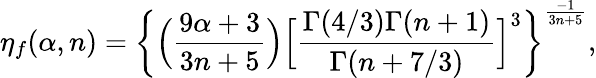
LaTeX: \eta_{f}(\alpha,n)=\bigg\{ \Big(\frac{9\alpha+3}{3n+5}\Big)\Big[\frac{\Gamma(4/3)\Gamma(n+1)}{\Gamma(n+7/3)}\Big]^{3}\bigg\} ^{\frac{-1}{3n+5}},